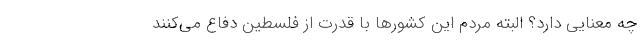
چه معنایی دارد؟ البته مردم این کشورها با قدرت از فلسطین دفاع می‌کنند